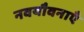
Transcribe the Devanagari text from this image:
नवयौवनाएँ